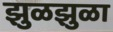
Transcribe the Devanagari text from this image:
झुळझुळा